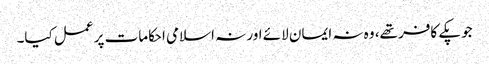
جو پکے کافر تھے، وہ نہ ایمان لائے اور نہ اسلامی احکامات پر عمل کیا۔